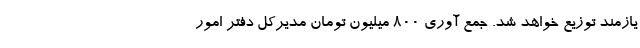
یازمند توزیع خواهد شد. جمع آوری ۸۰۰ میلیون تومان مدیرکل دفتر امور